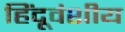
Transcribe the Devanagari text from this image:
हिंदूवंशीय